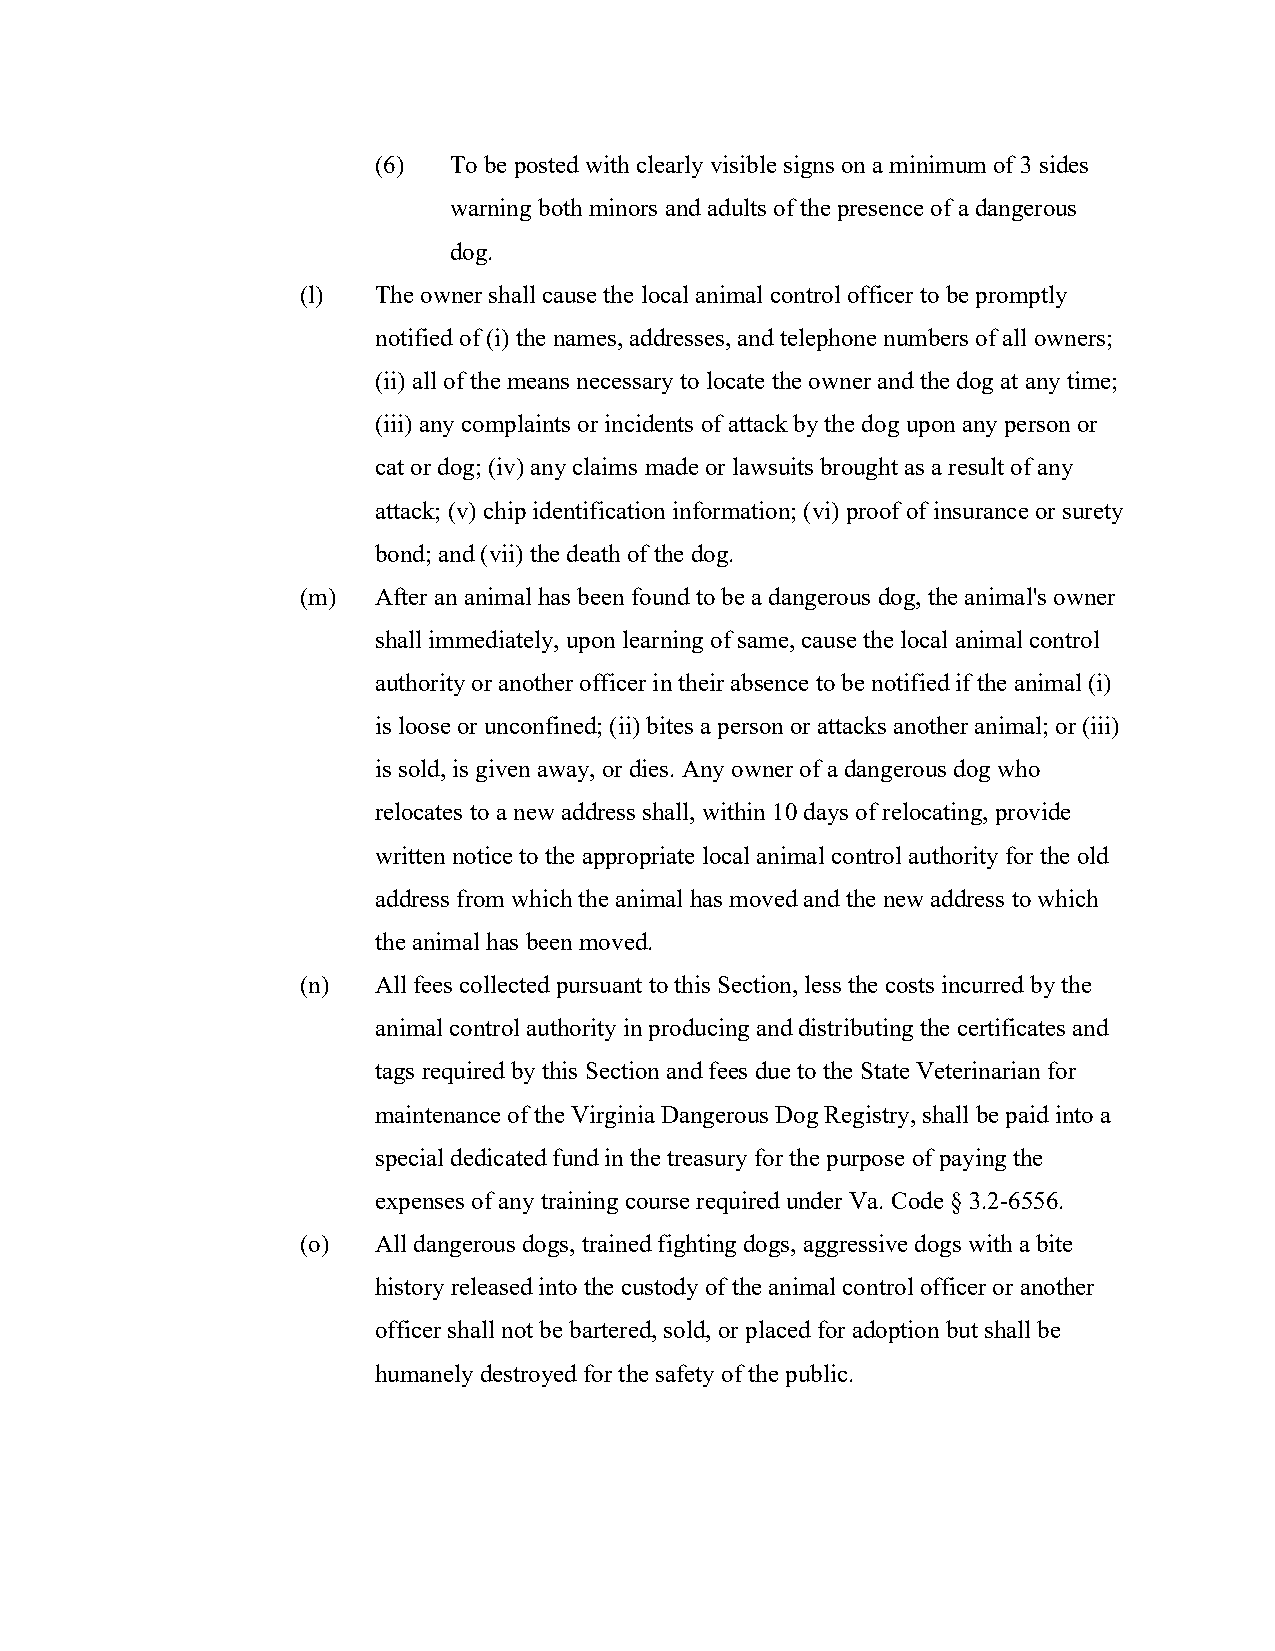
(6)  To be posted with clearly visible signs on a minimum of 3 sides
 warning both minors and adults of the presence of a dangerous
 dog.
 (l)  The owner shall cause the local animal control officer to be promptly
 notified of (i) the names, addresses, and telephone numbers of all owners;
 (ii) all of the means necessary to locate the owner and the dog at any time;
 (iii) any complaints or incidents of attack by the dog upon any person or
 cat or dog; (iv) any claims made or lawsuits brought as a result of any
 attack; (v) chip identification information; (vi) proof of insurance or surety
 bond; and (vii) the death of the dog.
 (m)  After an animal has been found to be a dangerous dog, the animal's owner
 shall immediately, upon learning of same, cause the local animal control
 authority or another officer in their absence to be notified if the animal (i)
 is loose or unconfined; (ii) bites a person or attacks another animal; or (iii)
 is sold, is given away, or dies. Any owner of a dangerous dog who
 relocates to a new address shall, within 10 days of relocating, provide
 written notice to the appropriate local animal control authority for the old
 address from which the animal has moved and the new address to which
 the animal has been moved.
 (n)  All fees collected pursuant to this Section, less the costs incurred by the
 animal control authority in producing and distributing the certificates and
 tags required by this Section and fees due to the State Veterinarian for
 maintenance of the Virginia Dangerous Dog Registry, shall be paid into a
 special dedicated fund in the treasury for the purpose of paying the
 expenses of any training course required under Va. Code § 3.2-6556.
 (o)  All dangerous dogs, trained fighting dogs, aggressive dogs with a bite
 history released into the custody of the animal control officer or another
 officer shall not be bartered, sold, or placed for adoption but shall be
 humanely destroyed for the safety of the public.